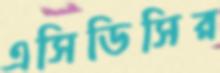
এসিডিসির